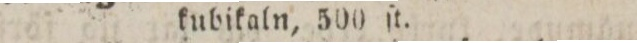
kubikaln, 500 ſt.